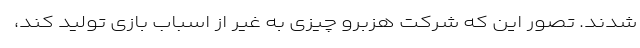
شدند. تصور این که شرکت هزبرو چیزی به غیر از اسباب بازی تولید کند،